Medical and sanitary report of the native army of Madras for the year
Year: 1878
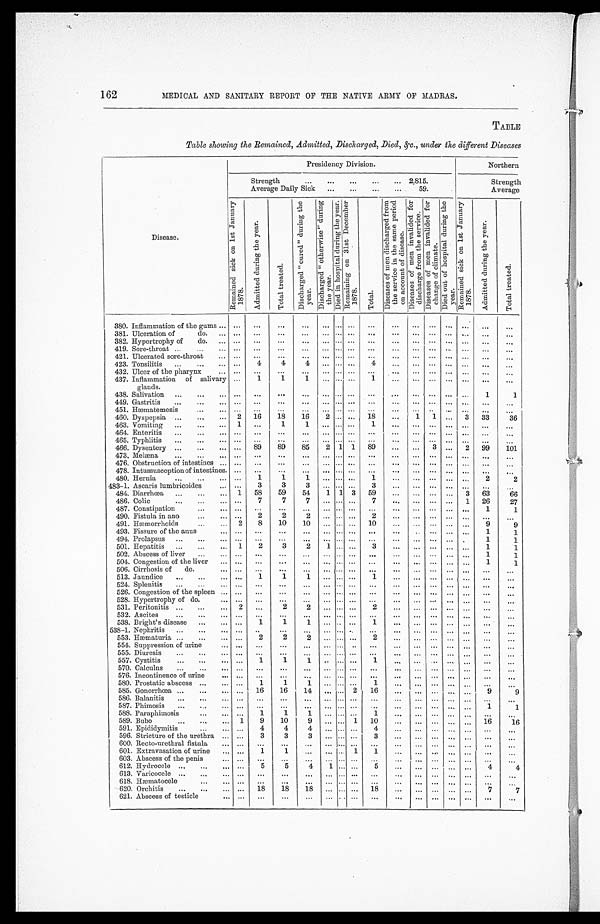
162
MEDICAL AND SANITARY REPORT OF THE NATIVE ARMY OF MADRAS.
TABLE
Table showing the Remained, Admitted, Discharged, Died, &c., under the different Diseases
Disease.
Presidency Division.
Northern
Strength . . . 2,815.
Strength
Average Daily Sick . . . 59.
Average
R e m a i n e d s i c k o n 1 s t J a n u a r y
1 8 7 8 .
A d m i t t e d d u r i n g t h e y e a r .
T o t a l c r e a t e d .
D i s c h a r g e d " c u r e d " d u r i n g t h e
y e a r .
D i s c h a r g e d " o t h e r w i s e " d u r i n g
t he year. D i e d i n h o s p i t a l d u r i n g t h e y e a r . R e m a i n i n g o n 3 1 s t D e c e m b e r
1878.
T o t a l .
D i s e a s e s o f m e n d i s c h a r g e d f r o m
t h e s e r v i c e i n t h e s a m e p e r i o d
o n a c c o u n t o f d i s e a s e .
D i s e a s e s o f m e n i n v a l i d e d f o r
d i s c h a r g e f r o m t h e s e r v i c e .
D i s e a s e s o f m e n i n v a l i d e d f o r
c h a n g e o f c l i m a t e . D i e d o u t h o s p i t a l d u r i n g t h e
year. R e m a i n e d s i c k o n 1 s t J a n u a r y
1878.
A d m i t t e d d u r i n g t h e y e a r .
T o t a l t r e a t e d .
380. Inflammation of the gums . . .
. . .
. . .
. . .
. . .
. . . . . .
. . .
. . .
. . .
. . .
. . .
. . .
. . .
. . .
. . .
381. Ulceration of do. . . .
. . .
. . .
. . .
. . .
. . .. . .
. . .
. . . . . .
. . .
. . .
. . .
. . .
. . .
. . .
38 2. Hypertrophy of do. . . .
. . .
. . .
. . .
. . .
. . . . . .
. . .
. . .
. . .
. . .
. . .
. . .
. . .
. . .
. . .
419. Sore-throat . . .
. . .
. . .
. . .
. . .
. . . . . .
. . .
. . .
. . .
. . .
. . .
. . .
. . .
. . .
. . .
421. Ulcerated sore-throat . . .
. . .
. . .
. . .
. . .
. . . . . .
. . .
. . .
. . .
. . .
. . .
. . .
. . .
. . .
. . .
423. Tonsilitis . . .
. . .
4
4
4
. . .. . .
. . .
4
. . .
. . .
. . .
. . .
. . .
. . .
. . .
43 2. Ulcer of the pharynx . . .
. . .
. . .
. . .
. . .
. . . . . .
. . .
. . .
. . .
. . .
. . .
. . .
. . .
. . .
. . .
437. Inflammation of salivary
glands.
. . .
1
1
1
. . . . . .
. . .
1
. . .
. . .
. . .
. . .
. . .
. . .
. . .
438. Salivation . . .
. . .
. . .
. . .
. . .
. . .
. . .
. . .
. . .
. . .
. . .
. . .
. . .
. . .
1
1
449. Gastritis . . .
. . .
. . .
. . .
. . .
. . . . . .
. . .
. . .
. . .
. . .
. . .
. . .
. . .
. . .
. . .
451. Hæmatemesis . . .
. . .
. . .
. . .
. . .
. . . . . .
. . .
. . .
. . .
. . .
. . .
. . .
. . .
. . .
. . .
460. Dyspepsia . . .
2
16
18
16
2 . . .
. . . 18
. . .
1
1
. . . 3
33
36
463. Vomiting . . .
1
. . .
1
1
. . .. . .
. . .
1
. . .
. . .
. . .
. . .
. . .
. . .
. . .
464. Enteritis . . .
. . .
. . .
. . .
. . .
. . . . . .
. . .
. . .
. . .
. . .
. . .
. . .
. . .
. . .
. . .
4 65. Typhlitis . . .
. . .
. . .
. . .
. . .
. . . . . .
. . .
. . .
. . .
. . .
. . .
. . .
. . .
. . .
. . .
466. Dysentery . . .
. . . 89
89
85
2 1 1
89
. . .
. . .
3
. . .
2
99
101
473. Melæna . . .
. . .
. . .
. . .
. . .
. . . . . .
. . .
. . .
. . .
. . .
. . .
. . .
. . .
. . .
. . .
476. Obstruction of intestines . . .
. . .
. . .
. . .
. . .
. . .. . .
. . .
. . .
. . .
. . .
. . .
. . .
. . .
. . .
. . .
478. Intussusception of intestines.
. . .
. . .
. . .
. . .
. . .. . .
. . .
. . .
. . .
. . .
. . .
. . .
. . .
. . .
. . .
480. Hernia . . .
. . .
1
1
1
. . .. . .
. . .
1
. . .
. . .
. . .
. . .
. . .
2
2
483-1. Ascaris lumbricoides . . .
. . .
3
3
3
. . . . . .
. . .
3
. . .
. . .
. . .
. . .
. . .
. . .
. . .
484. Diarrhœa . . . 1
58
59
54
1 1 3
59
. . .
. . .
. . .
. . .
3
63
66
486. Colic . . .
. . .
7
7
7
. . . . . .
. . .
7
. . .
. . .
. . .
. . . 1
26
27
487. Constipation . . .
. . .
. . .
. . .
. . .
. . . . . .
. . .
. . .
. . .
. . .
. . .
. . .
. . .
1
1
490. Fistula in ano
...
...
. . .
2
2
2
. . . . . .
. . .
2
. . .
. . .
. . .
. . .
. . .
. . .
. . .
491. Hæmorrhoids . . . 2
8
10
10
. . . . . .
. . .
10
. . .
. . .
. . .
. . .
. . .
9
9
493. Fissure of the anus . . .
. . .
. . .
. . .
. . .
. . .. . .
. . .
. . .
. . .
. . .
. . .
. . .
. . .
1
1
494. Prolapsus . . .
. . .
. . .
. . .
. . .
. . . . . .
. . .
. . .
. . .
. . .
. . .
. . .
. . .
1
1
501. Hepatitis . . .
1
2
3
2
1 . . .
. . .
3
. . .
. . .
. . .
. . .
. . .
1
1
502. Abscess of liver . . .
. . .
. . .
. . .
. . .
. . .. . .
. . .
. . .
. . .
. . .
. . .
. . .
. . .
1
1
504. Congestion of the liver . . .
. . .
. . .
. . .
. . .
. . . . . .
. . .
. . .
. . .
. . .
. . .
. . .
. . .
1
1
506. Cirrhosis of
do.
. . .
. . .
. . .
. . .
. . .
. . . . . .
. . .
. . .
. . .
. . .
. . .
. . .
. . .
. . .
. . .
513. Jaundice . . .
. . .
1
1
1
. . . . . .
. . .
1
. . .
. . .
. . .
. . .
. . .
. . .
. . .
524. Splenitis . . .
. . .
. . .
. . .
. . .
. . . . . .
. . .
. . .
. . .
. . .
. . .
. . .
. . .
. . .
. . .
526. Congestion of the spleen . . .
. . .
. . .
. . .
. . .
. . . . . .
. . .
. . .
. . .
. . .
. . .
. . .
. . .
. . .
. . .
528. Hypertrophy of do.
. . .
. . .
. . .
. . .
. . .
. . . . . .
. . .
. . .
. . .
. . .
. . .
. . .
. . .
. . .
. . .
5 31. Peritonitis . . . 2
. . .
2
2
. . . . . .
. . .
2
. . .
. . .
. . .
. . .
. . .
. . .
. . .
532. Ascites . . .
. . .
. . .
. . .
. . .
. . . . . .
. . .
. . .
. . .
. . .
. . .
. . .
. . .
. . .
. . .
538. Bright's disease . . .
. . .
1
1
1
. . .. . .
. . .
1
. . .
. . .
. . .
. . .
. . .
. . .
. . .
538-1. Nephritis . . .
. . .
. . .
. . .
. . .
. . . . . .
. . .
. . .
. . .
. . .
. . .
. . .
. . .
. . .
. . .
5 5 3. Hæmaturia . . .
. . .
2
2
2
. . . . . .
. . .
2
. . .
. . .
. . .
. . .
. . .
. . .
. . .
5 54. Suppression of urine . . .
. . .
. . .
. . .
. . .
. . . . . .
. . .
. . .
. . .
. . .
. . .
. . .
. . .
. . .
. . .
5 55.D i u r e s i s . . .
. . .
. . .
. . .
. . .
. . . . . .
. . .
. . .
. . .
. . .
. . .
. . .
. . .
. . .
. . .
5 5 7. Cystitis . . .
. . .
1
1
1
. . .
. . .
. . .
1
. . .
. . .
. . .
. . .
. . .
. . .
. . .
570. Calculus . . .
. . .
. . .
. . .
. . .
. . . . . .
. . .
. . .
. . .
. . .
. . .
. . .
. . .
. . .
. . .
57 6. Incontinence of urine . . .
. . .
. . .
. . .
. . .
. . . . . .
. . .
. . .
. . .
. . .
. . .
. . .
. . .
. . .
. . .
580. Prostatic abscess . . .
. . .
1
1
1
. . . . . .
. . .
1
. . .
. . .
. . .
. . .
. . .
. . .
. . .
585. Gonorrhœa . . .
. . .
16
16
14
. . . . . . 2
16
. . .
. . .
. . .
. . .
. . .
9
.
9
5 86. Balanitis . . .
. . .
. . .
. . .
. . .
. . . . . .
. . .
. . .
. . .
. . .
. . .
. . .
. . .
. . .
. . .
587. Phimosis . . .
. . .
. . .
. . .
. . .
. . . . . .
. . .
. . .
. . .
. . .
. . .
. . .
. . .
1
1
588. Paraphimosis . . .
. . .
1
1
1
. . . . . .
. . .
1
. . .
. . .
. . .
. . .
. . .
. . .
. . .
589. Bubo . . .
1
9
10
9
. . . . . .
1
10
. . .
. . .
. . .
. . .
. . . 16
16
591. Epididymitis . . .
. . .
4
4
4
. . . . . .
. . .
4
. . .
. . .
. . .
. . .
. . .
. . .
. . .
596. Stricture of the urethra . . .
. . .
3
3
3
. . . . . .
. . .
3
. . .
. . .
. . .
. . .
. . .
. . .
. . .
60 0. Recto-urethral fistula . . .
. . .
. . .
. . .
. . .
. . . . . .
. . .
. . .
. . .
. . .
. . .
. . .
. . .
. . .
. . .
601. Extravasation of urine . . .
. . .
1
1
. . .
. . . . . .
1
1
. . .
. . .
. . .
. . .
. . .
. . .
. . .
603. Abscess of the penis . . .
. . .
. . .
. . .
. . .
. . . . . .
. . .
. . .
. . .
. . .
. . .
. . .
. . .
. . .
. . .
612. Hydrocele . . .
. . .
5
5
4
1 . . .
. . .
5
. . .
. . .
. . .
. . .
. . .
4
4
6 13. Varicocele . . .
. . .
. . .
. . .
. . .
. . . . . .
. . .
. . .
. . .
. . .
. . .
. . .
. . .
. . . . . .
6 18. Hæmatocele . . .
. . .
. . .
. . .
. . .
. . . . . .
. . .
. . .
. . .
. . .
. . .
. . .
. . .
. . . . . .
6 20. Orchitis . . .
. . .
18
18
18
. . .
. . .
. . .
18
. . .
. . .
. . .
. . .
. . .
7
7
621. Abscess of testicle . . .
. . .
. . .
. . .
. . .
. . . . . .
. . .
. . .
. . .
. . .
. . .
. . .
. . .
. . .
. . .